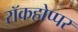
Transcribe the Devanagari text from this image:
रॉकहोप्पर